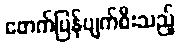
ဖောက်ပြန်ပျက်စီးသည့်